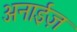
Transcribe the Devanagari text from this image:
अनाईज़